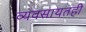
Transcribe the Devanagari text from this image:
व्यवसायतही